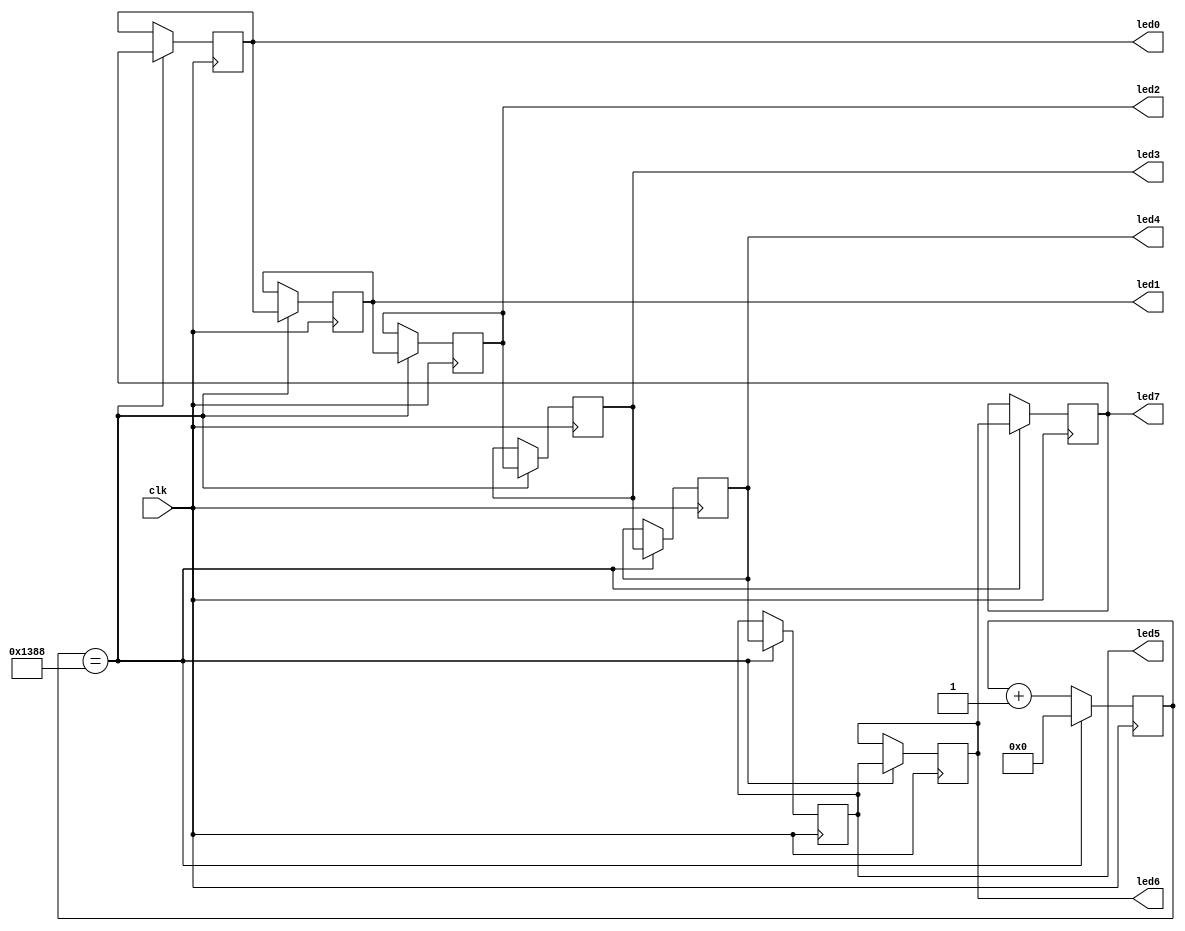
`timescale 1ns / 1ps
//////////////////////////////////////////////////////////////////////////////////
// Company: 
// Engineer: 
// 
// Design Name: 
// Module Name:    ripple 
// Project Name: 
// Target Devices: 
// Tool versions: 
// Description: 
//
// Dependencies: 
//
// Revision: 
// Revision 0.01 - File Created
// Additional Comments: 
//
//////////////////////////////////////////////////////////////////////////////////
module ripple(clk, led0, led1, led2, led3, led4, led5 ,led6, led7
);
	 input clk;
	 output led0,led1,led2,led3,led4,led5,led6,led7;
	 reg led0,led1,led2,led3,led4,led5,led6,led7;
	 `define SHIFT_TIME 5000
	 reg[27:0] counter;
	 initial begin
	    led0<=1;
	    led1<=0;
	    led2<=0;
	    led3<=0;
	    led4<=0;
	    led5<=0;
	    led6<=0;
	    led7<=0;
	 counter<=0;
	 end
	 always @(posedge clk) begin
	     counter<=counter+1;
	     if(counter==`SHIFT_TIME) begin
	        led1<=led0;
	        led2<=led1;
	        led3<=led2;
	        led4<=led3;
	        led5<=led4;
	        led6<=led5;
	        led7<=led6;
			  led0<=led7;
			  counter<=0;
         end
	 end
endmodule